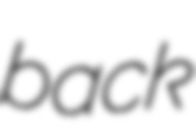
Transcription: back